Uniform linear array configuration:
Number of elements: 12
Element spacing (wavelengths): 0.5
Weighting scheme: hann
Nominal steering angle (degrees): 30
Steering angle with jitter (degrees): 31.196
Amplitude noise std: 0.05
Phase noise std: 0.05

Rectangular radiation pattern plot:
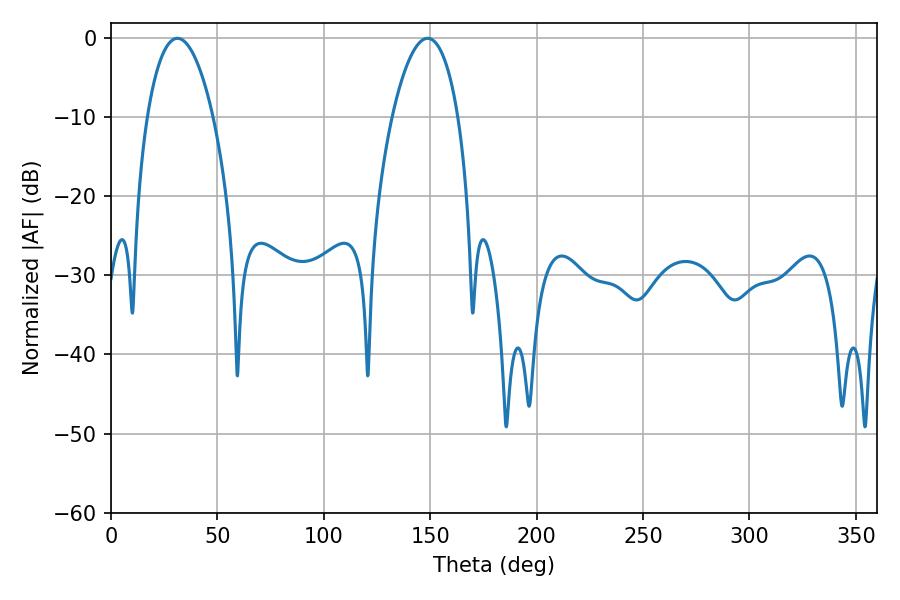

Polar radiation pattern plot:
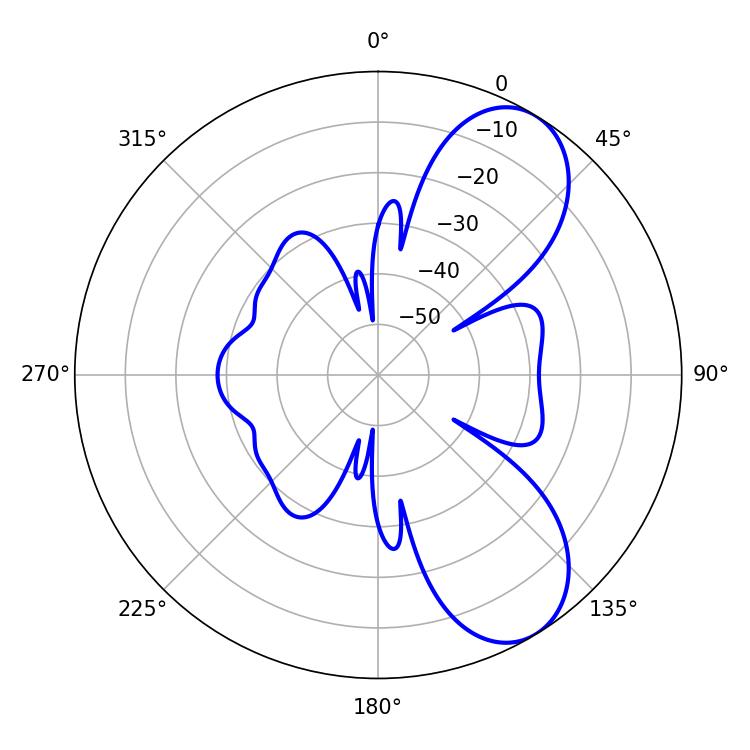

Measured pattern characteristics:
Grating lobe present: FALSE
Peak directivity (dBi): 7.741
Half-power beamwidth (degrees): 17.28
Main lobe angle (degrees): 31.14